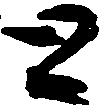
と